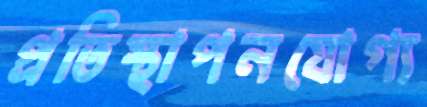
প্রতিস্থাপনযোগ্য